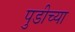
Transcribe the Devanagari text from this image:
पुडीच्या